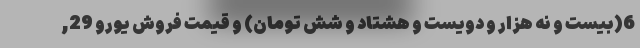
6(بیست و نه هزار و دویست و هشتاد و شش تومان) و قیمت فروش یورو 29,